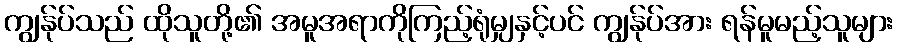
ကျွန်ုပ်သည် ထိုသူတို့၏ အမူအရာကိုကြည့်ရုံမျှနှင့်ပင် ကျွန်ုပ်အား ရန်မူမည့်သူများ